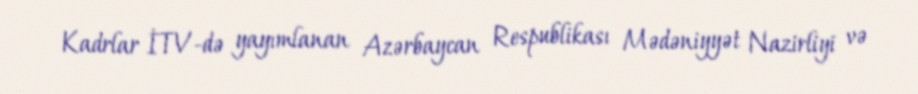
Kadrlar İTV-də yayımlanan Azərbaycan Respublikası Mədəniyyət Nazirliyi və